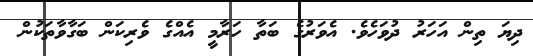
ދިޔަ ތިން އަހަރު ދުވަހެވެ. އެވަރުގެ ބަތާ ހަރާމީ އެއްގެ ވެރިކަން ބަގާވާތަކުން